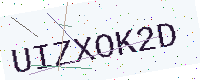
Text: UIZXOK2D